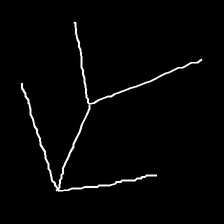
Glyph: gather